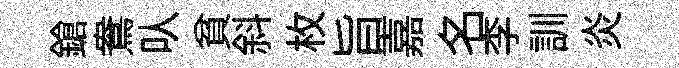
鎗鴦㕥貧斜枚旨嘉名李訓炎